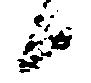
候